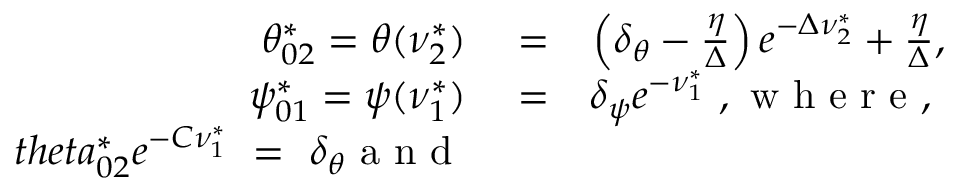
\begin{array} { r l r } { \theta _ { 0 2 } ^ { * } = \theta ( \nu _ { 2 } ^ { * } ) } & { { } = } & { \left( \delta _ { \theta } - \frac { \eta } { \Delta } \right) e ^ { - \Delta \nu _ { 2 } ^ { * } } + \frac { \eta } { \Delta } , } \\ { \psi _ { 0 1 } ^ { * } = \psi ( \nu _ { 1 } ^ { * } ) } & { { } = } & { \delta _ { \psi } e ^ { - \nu _ { 1 } ^ { * } } \mathrm { ~ , ~ w ~ h ~ e ~ r ~ e ~ , ~ } } \\ { t h e t a _ { 0 2 } ^ { * } e ^ { - C \nu _ { 1 } ^ { * } } \ = \ \delta _ { \theta } \mathrm { ~ a ~ n ~ d ~ } } \end{array}